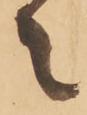
々